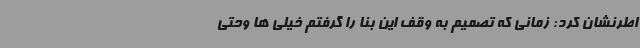
اطرنشان کرد: زمانی که تصمیم به وقف این بنا را گرفتم خیلی ها وحتی